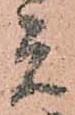
元